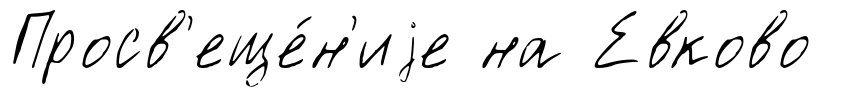
Просв'еще́н'иjе на Евково